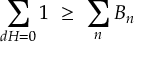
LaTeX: \sum _ { d H = 0 } 1 \ \geq \ \sum _ { n } B _ { n }